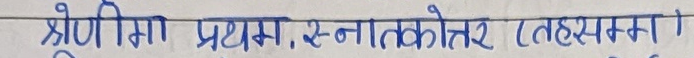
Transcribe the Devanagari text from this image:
श्रेणीमा प्रथम, स्नातकोत्तर (तहसम्म)